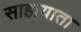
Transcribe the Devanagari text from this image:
साहायाता